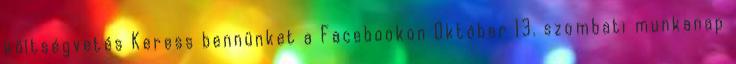
költségvetés Keress bennünket a Facebookon Október 13. szombati munkanap